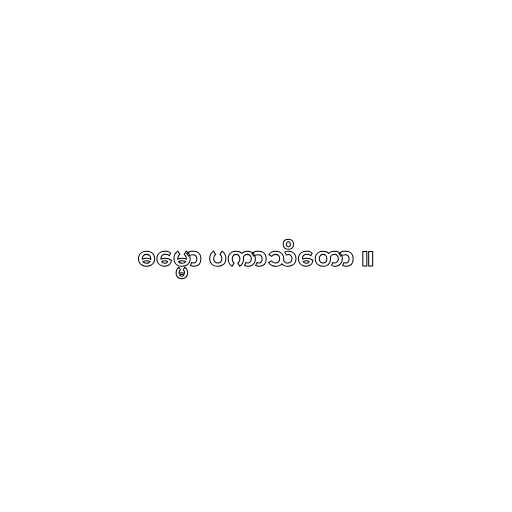
ဓမ္မော ပကာသိတော ။